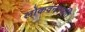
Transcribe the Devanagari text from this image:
लोकवनस्पति